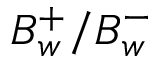
B _ { w } ^ { + } / B _ { w } ^ { - }